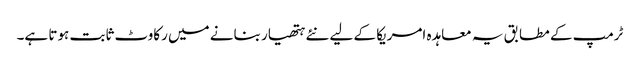
ٹرمپ کے مطابق یہ معاہدہ امریکا کے لیے نئے ہتھیار بنانے میں رکاوٹ ثابت ہوتا ہے۔